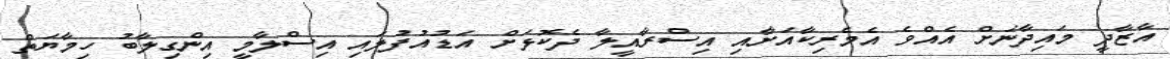
އާޒާދީ މައިދާނަށް އެއްވެ އެމެރިކާއަށާއި އިސްރާއީލާ ދެކޮޅަށް އަޑުއުފުލައި އިސްލާމީ އިންގިލާބު ހިމާޔަތް